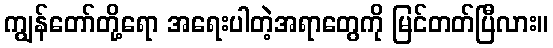
ကျွန်တော်တို့ရော အရေးပါတဲ့အရာတွေကို မြင်တတ်ပြီလား။